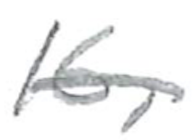
Text: 16,
Cross-out: mix
Writing tool: pencil